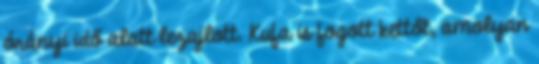
órányi idő alatt lezajlott. Kufa is fogott kettőt, amolyan